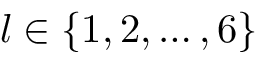
l \in \{ 1 , 2 , \dots , 6 \}